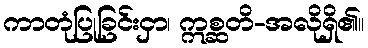
ကာတုံပြုခြင်းငှာ၊ ဣစ္ဆတိ-အလိုရှိ၏။